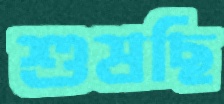
শুষছি